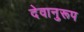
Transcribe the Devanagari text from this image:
देवानुरूप